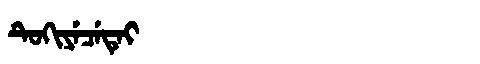
Manchu: ᡨᡠᡴᡳᠶᡝᠴᡝᡨᡝᡳ
Romanization: TUKIYECETEI